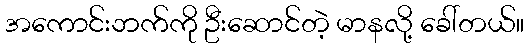
အကောင်းဘက်ကို ဦးဆောင်တဲ့ မာနလို့ ခေါ်တယ်။